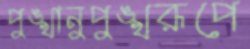
পুঙ্খানুপুঙ্খরূপে